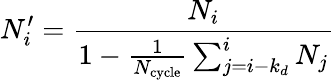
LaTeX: N_{i}^{\prime}=\frac{N_{i}}{1-\frac{1}{N_{\mathrm{{cycle}}}}\sum_{j=i-k_{d}}^{i}N_{j}}